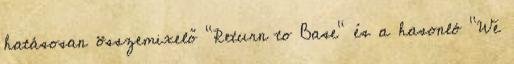
hatásosan összemixelő "Return to Base" és a hasonló "We